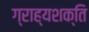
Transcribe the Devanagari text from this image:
ग्राह्यशक्ति